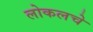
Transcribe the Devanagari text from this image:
लोकलचे